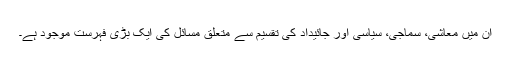
ان میں معاشی، سماجی، سیاسی اور جائیداد کی تقسیم سے متعلق مسائل کی ایک بڑی فہرست موجود ہے۔